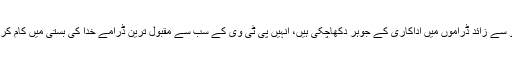
نامور اداکارہ اب تک سات سو سے زائد ڈراموں میں اداکاری کے جوہر دکھاچکی ہیں، انہیں پی ٹی وی کے سب سے مقبول ترین ڈرامے خدا کی بستی میں کام کرنے کا اعزاز بھی حاصل ہے۔